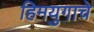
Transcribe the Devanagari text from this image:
हिमयुगाचे